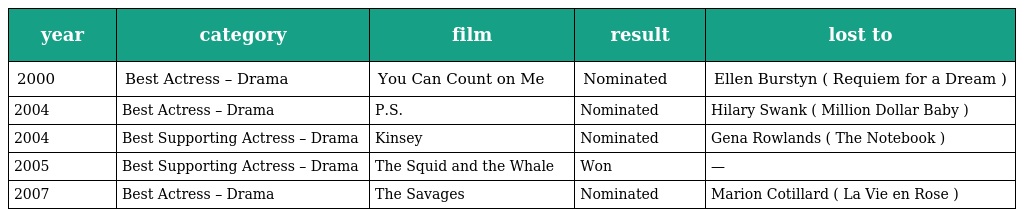
| year | category | film | result | lost to |
 | --- | --- | --- | --- | --- |
 | 2000 | Best Actress – Drama | You Can Count on Me | Nominated | Ellen Burstyn ( Requiem for a Dream ) |
 | 2004 | Best Actress – Drama | P.S. | Nominated | Hilary Swank ( Million Dollar Baby ) |
 | 2004 | Best Supporting Actress – Drama | Kinsey | Nominated | Gena Rowlands ( The Notebook ) |
 | 2005 | Best Supporting Actress – Drama | The Squid and the Whale | Won | — |
 | 2007 | Best Actress – Drama | The Savages | Nominated | Marion Cotillard ( La Vie en Rose ) |